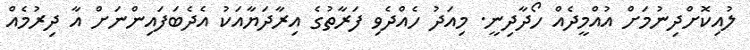
ލުއިކޮށްދިނުމަށް އުއްމީދެއް ހޯދާދިނީ. މިއަދު ހެއްދެވި ފަރާތުގެ އިރާދަޔާއަކު އެދެބަފައިންނަށް އާ ދިރުމެއް